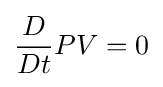
{\frac {D}{Dt}}PV=0